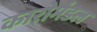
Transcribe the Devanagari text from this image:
कारोमंडल